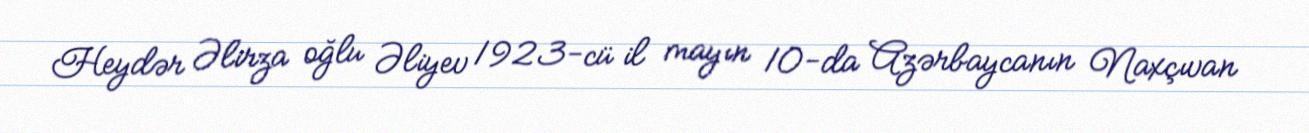
Heydər Əlirza oğlu Əliyev 1923-cü il mayın 10-da Azərbaycanın Naxçıvan